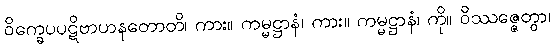
ဝိက္ခေပပဋိဗာဟနတောတိ၊ ကား။ ကမ္မဋ္ဌာနံ၊ ကား။ ကမ္မဋ္ဌာနံ၊ ကို။ ဝိဿဇ္ဇေတွာ၊